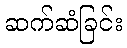
ဆက်ဆံခြင်း